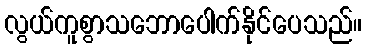
လွယ်ကူစွာသဘောပေါက်နိုင်ပေသည်။